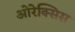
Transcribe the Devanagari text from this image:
ओरेक्सिस